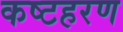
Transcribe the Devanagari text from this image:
कष्टहरण